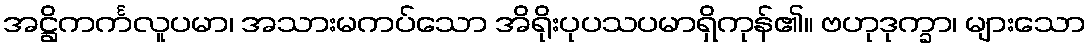
အဋ္ဌိကင်္ကလူပမာ၊ အသားမကပ်သော အိရိုးပုပသပမာရှိကုန်၏။ ဗဟုဒုက္ခာ၊ များသော